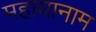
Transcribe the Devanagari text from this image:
महायानाम